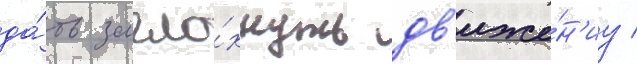
да́ть загло́хнуть дв'иже́н'иу /